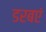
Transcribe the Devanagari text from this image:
डरबएं